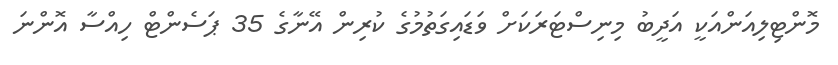
މޮންޓިލިއަންއަކީ އަދީބު މިނިސްޓަރަކަށް ވަޑައިގަތުމުގެ ކުރިން އޭނާގެ 35 ޕަސެންޓް ހިއްސާ އޮންނަ